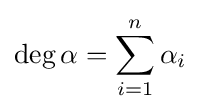
\deg \alpha =\sum _{i=1}^{n}\alpha _{i}